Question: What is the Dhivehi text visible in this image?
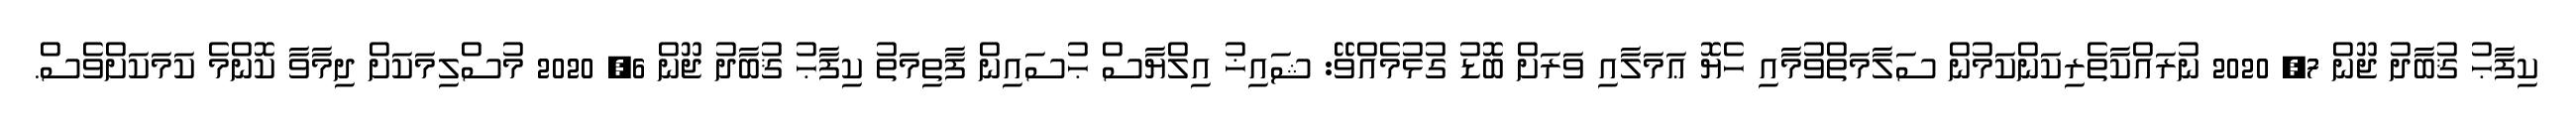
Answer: ކިފާޙު ޤުބާދު ޖޫން 7, 2020 ނުރައްކާތެރިކަންކަމުން ސަލާމަތްވުމާއި ހެޔޮ ޢަމަލާއި ވަރަށް ބޮޑު ގުޅުމެއްވޭ: ޝައިޚު އިލްޔާސް ޙުސައިން ފާތިމަތު ކިފާޙު ޤުބާދު ޖޫން 6, 2020 މުސްލިމަކަށް ދިމާވާ ކޮންމެ ކަމަކަށްވެސް.